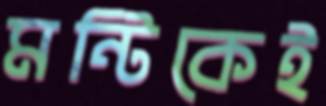
মন্টিকেই